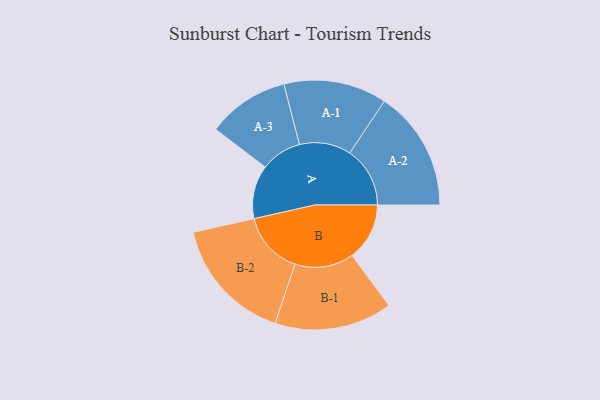
{"axis": {"x": "Segment", "y": "Value"}, "legend": ["", "A", "B"], "data": [{"x": "A", "y": 227, "type": ""}, {"x": "B", "y": 244, "type": ""}, {"x": "A-1", "y": 219, "type": "A"}, {"x": "A-2", "y": 256, "type": "A"}, {"x": "A-3", "y": 174, "type": "A"}, {"x": "B-1", "y": 250, "type": "B"}, {"x": "B-2", "y": 267, "type": "B"}]}